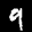
Label: 9